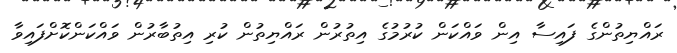
ރައްޔިތުންގެ ފައިސާ އިން ވައްކަން ކުރުމުގެ އިތުރުން ރައްޔިތުން ކުރި އިތުބާރުން ވައްކަންކޮށްފައިވާ